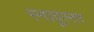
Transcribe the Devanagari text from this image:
स्नायुस्तर